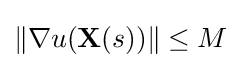
\|\nabla u(\mathbf {X} (s))\|\leq M